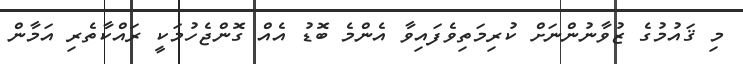
މި ޤައުމުގެ ޒުވާނުންނަށް ކުރިމަތިވެފައިވާ އެންމެ ބޮޑު އެއް ގޮންޖެހުމަކީ ރައްކާތެރި އަމާން